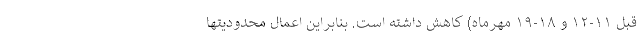
قبل ۱۱-۱۲ و ۱۸-۱۹ مهرماه) کاهش داشته است. بنابراین اعمال محدودیتها